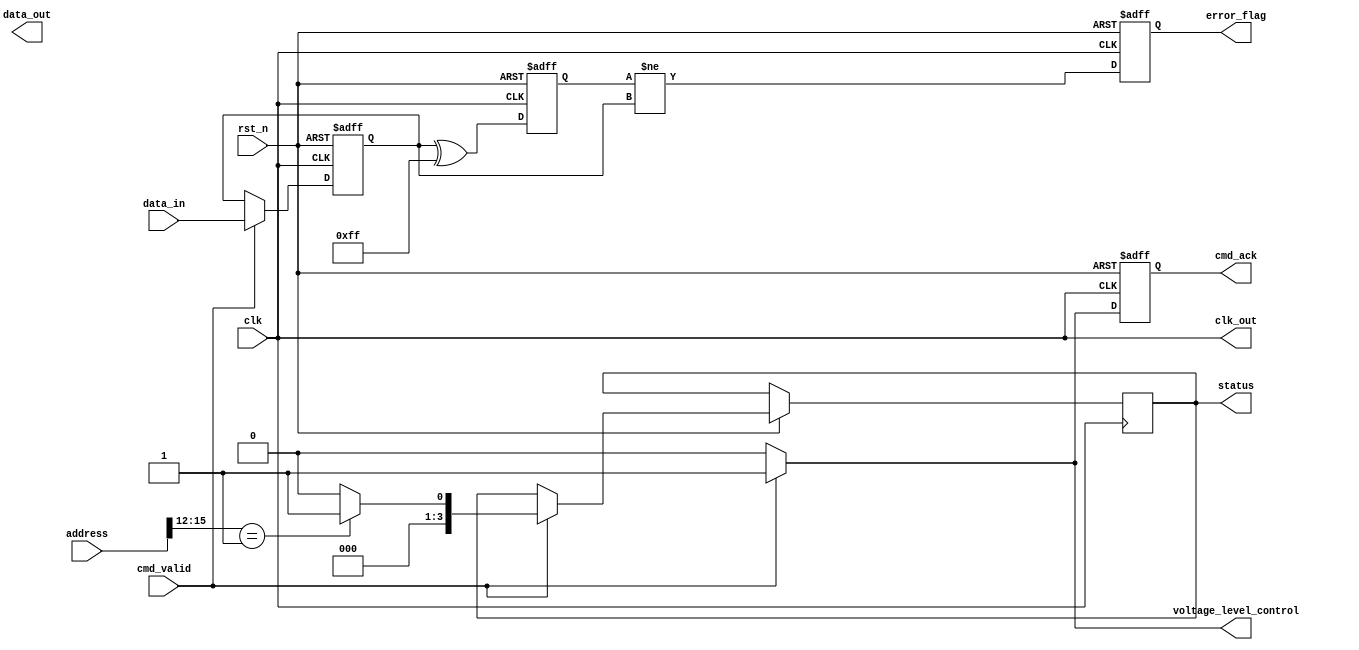
module io_block (
    input wire clk,                     // Clock signal
    input wire rst_n,                   // Active low reset
    input wire [7:0] data_in,           // Data input from host
    output reg [7:0] data_out,          // Data output to host
    input wire [15:0] address,          // Address input from host
    input wire cmd_valid,                // Command valid signal
    output reg cmd_ack,                  // Command acknowledge signal
    output reg [3:0] status,             // Status register
    output reg error_flag,               // Error flag
    output wire voltage_level_control,    // Voltage level control
    output wire clk_out                  // Clock output
);

    // Internal signals
    reg [7:0] data_buffer;               // Buffer for input data
    reg [15:0] address_reg;              // Registered address
    reg [3:0] command;                   // Command register
    reg [7:0] ecc_data;                  // ECC data for error correction
    reg [7:0] serial_data;               // Serial data for SerDes
    reg [7:0] deserialized_data;         // Deserialized data from SerDes

    // Voltage Level Control Logic (simplified)
    assign voltage_level_control = (cmd_valid) ? 1'b1 : 1'b0;

    // Clock Generation (simplified)
    assign clk_out = clk; // In a real design, this would involve PLL/DLL

    // Data Input Buffer
    always @(posedge clk or negedge rst_n) begin
        if (!rst_n) begin
            data_buffer <= 8'b0;
        end else if (cmd_valid) begin
            data_buffer <= data_in; // Capture incoming data
        end
    end

    // Address Decoding Logic (simplified)
    always @(posedge clk or negedge rst_n) begin
        if (!rst_n) begin
            address_reg <= 16'b0;
        end else if (cmd_valid) begin
            address_reg <= address; // Register the incoming address
            // Decode address and set status (simplified)
            if (address[15:12] == 4'b0001) begin
                status <= 4'b0001; // Example status for a specific address
            end else begin
                status <= 4'b0000; // Default status
            end
        end
    end

    // Command Interface
    always @(posedge clk or negedge rst_n) begin
        if (!rst_n) begin
            cmd_ack <= 1'b0;
            command <= 4'b0;
        end else if (cmd_valid) begin
            cmd_ack <= 1'b1; // Acknowledge command
            command <= data_buffer[3:0]; // Example command extraction
        end else begin
            cmd_ack <= 1'b0;
        end
    end

    // Data Serializer/Deserializer (simplified)
    always @(posedge clk or negedge rst_n) begin
        if (!rst_n) begin
            serial_data <= 8'b0;
            deserialized_data <= 8'b0;
        end else begin
            // Serialize data (example)
            serial_data <= data_buffer; // Simple pass-through for demo
            deserialized_data <= serial_data; // Simple pass-through for demo
        end
    end

    // Error Correction Logic (simplified)
    always @(posedge clk or negedge rst_n) begin
        if (!rst_n) begin
            ecc_data <= 8'b0;
            error_flag <= 1'b0;
        end else begin
            // Example ECC logic (placeholder)
            ecc_data <= data_buffer ^ 8'hFF; // Simple XOR for demo
            error_flag <= (ecc_data != data_buffer); // Set error flag if mismatch
        end
    end

endmodule